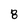
Character: 8